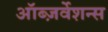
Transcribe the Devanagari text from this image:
ऑब्ज़र्वेशन्स